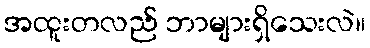
အထူးတလည် ဘာများရှိသေးလဲ။